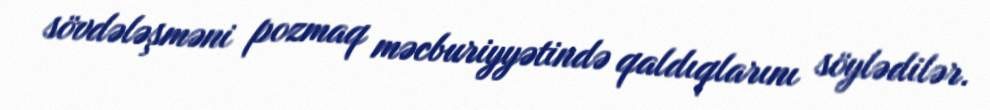
sövdələşməni pozmaq məcburiyyətində qaldıqlarını söylədilər.